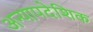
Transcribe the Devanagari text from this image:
अन्यापदेशिक